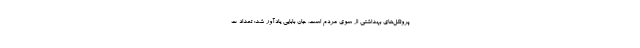
پروتکل‌های بهداشتی از سوی مردم است. جان بابایی یادآور شد: تعداد ت